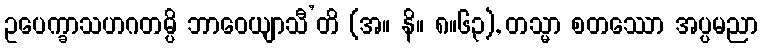
ဥပေက္ခာသဟဂတမ္ပိ ဘာဝေယျာသီ’တိ (အ။ နိ။ ၈။၆၃), တသ္မာ စတဿော အပ္ပမညာ